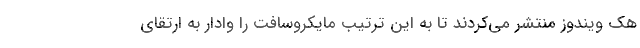
هک ویندوز منتشر می‌کردند تا به این ترتیب مایکروسافت را وادار به ارتقای